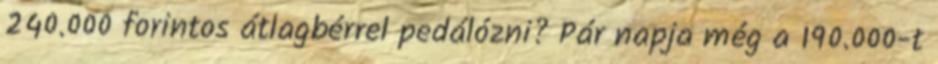
240.000 forintos átlagbérrel pedálózni? Pár napja még a 190.000-t